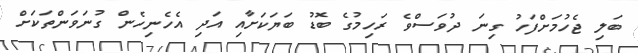
ބަލި ޖެހުމަށްފަހު ގިނަ ދުވަސްވެ ރަހިމުގެ ބޮޑު ބަޔަކަށާއި އަދި އެހެނިހެން ގުނަވަންތަކަށް